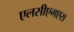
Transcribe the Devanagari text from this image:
एलसीएमएस